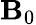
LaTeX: \mathbf{B}_{0}